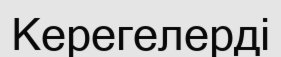
Керегелерді